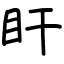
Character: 盰